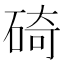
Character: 碕